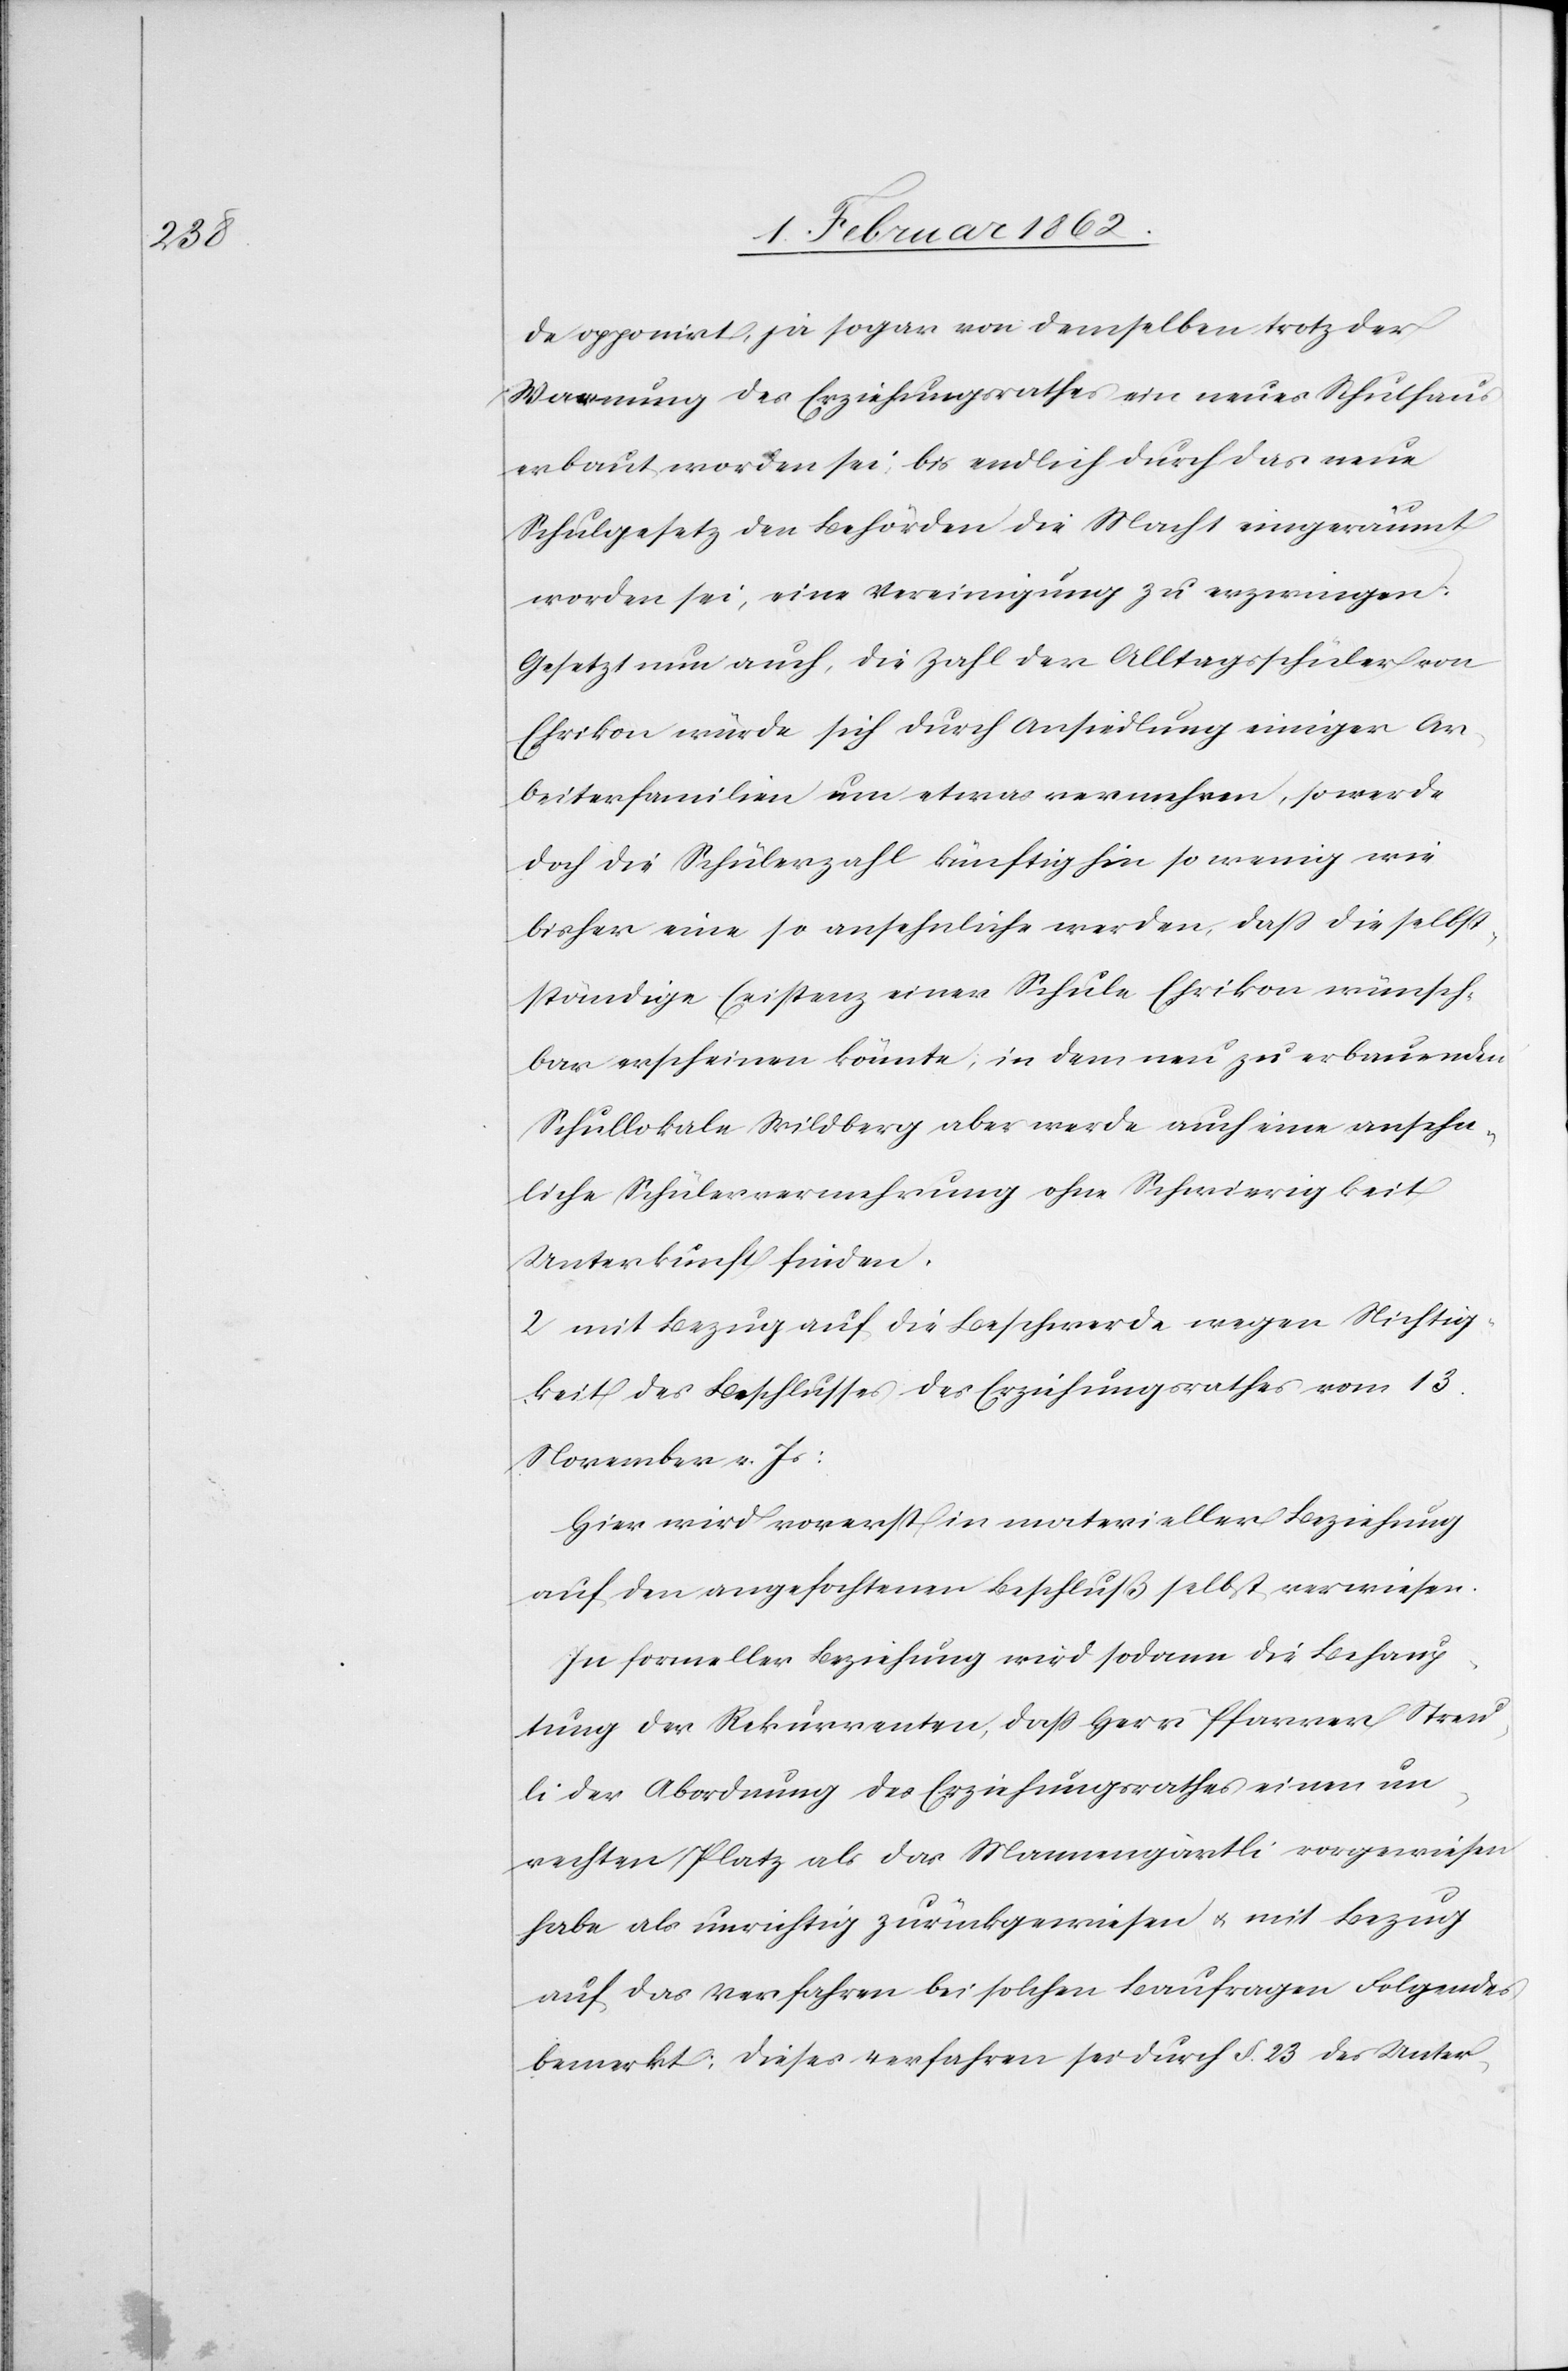
de opponirt, ja sogar von demselben trotz der
Warnung des Erziehungsrathes ein neues Schulhaus
erbaut worden sei, bis endlich durch das neue
Schulgesetz den Behörden die Macht eingeräumt
worden sei, eine Vereinigung zu erzwingen.
Gesetzt nun auch, die Zahl der Alltagsschüler von
Ehrikon würde sich durch Ansiedlung einiger Ar¬
beiterfamilien um etwas vermehren, so werde
doch die Schülerzahl künftighin so wenig wie
bisher eine so ansehnliche werden, daß die selbst¬
ständige Existenz einer Schule Ehrikon wünsch¬
bar erscheinen könnte; in dem neu zu erbauenden
Schullokale Wildberg aber werde auch eine ansehn¬
liche Schülervermehrung ohne Schwierigkeit
Unterkunft finden.
2) mit Bezug auf die Beschwerde wegen Nichtig¬
keit des Beschlusses des Erziehungsrathes vom 13.
November v. Js:
Hier wird vorerst in materieller Beziehung
auf den angefochtenen Beschluß selbst verwiesen.
In formeller Beziehung wird sodann die Behaup¬
tung der Rekurrenten, daß Herr Pfarrer Streu¬
li der Abordnung des Erziehungsrathes einen un¬
rechten Platz als das Mannengärtli vorgewiesen
habe als unrichtig zurückgewiesen u. mit Bezug
auf das Verfahren bei solchen Baufragen Folgendes
bemerkt: Dieses Verfahren sei durch §. 23 des Unter-